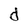
Character: d